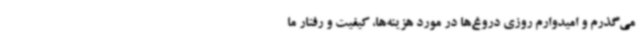
می‌گذرم و امیدوارم روزی دروغ‌ها در مورد هزینه‌ها، کیفیت و رفتار ما